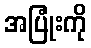
အပြုံးကို